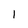
Character: 1